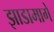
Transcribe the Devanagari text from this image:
झाडामागे